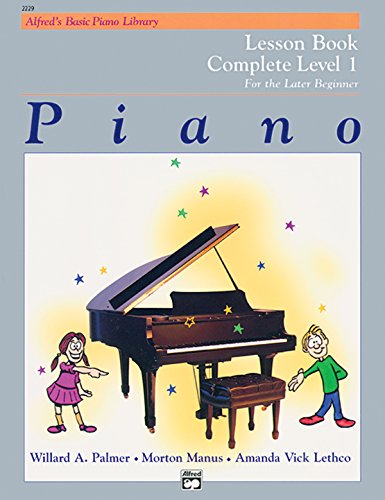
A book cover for Piano Lesson Book: Complete Level 1, for the Later Beginner; Amanda Vick Lethco; Humor & Entertainment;